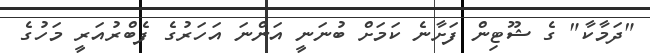
"ދަމާކާ" ގެ ޝޫޓިން ފަށާނެ ކަމަށް ބުނަނީ އަންނަ އަހަރުގެ ފެބްރުއަރީ މަހުގެ